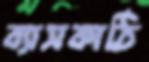
ব্যাসকাঠি